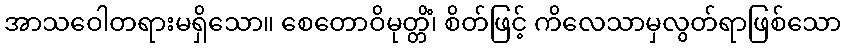
အာသဝေါတရားမရှိသော။ စေတောဝိမုတ္တိံ၊ စိတ်ဖြင့် ကိလေသာမှလွတ်ရာဖြစ်သော